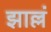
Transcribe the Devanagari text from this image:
झाल्लं